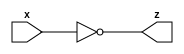
module not_gate (x, z);
  input x;
  output z;
  
  assign z = ~x ;
  
  
endmodule